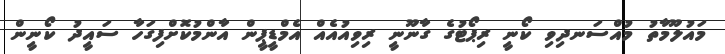
މައުލޫމާތު މުއްސަނދިވި ކޯނީ ރިޕޯޓުގެ ގާނޫނީ ރިވިއުއެއް އެމްޑީޕީން އާންމުކޮށްފިގަހާ ސައީދު ކޯނީން